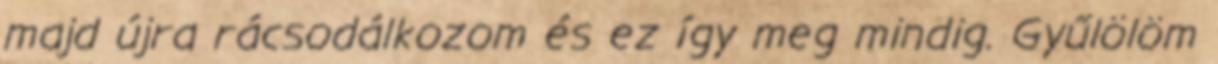
majd újra rácsodálkozom és ez így meg mindig. Gyűlölöm